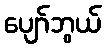
ပျော်ဘွယ်